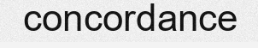
concordance